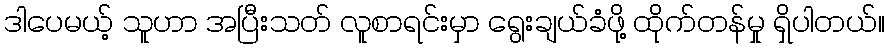
ဒါပေမယ့် သူဟာ အပြီးသတ် လူစာရင်းမှာ ရွေးချယ်ခံဖို့ ထိုက်တန်မှု ရှိပါတယ်။